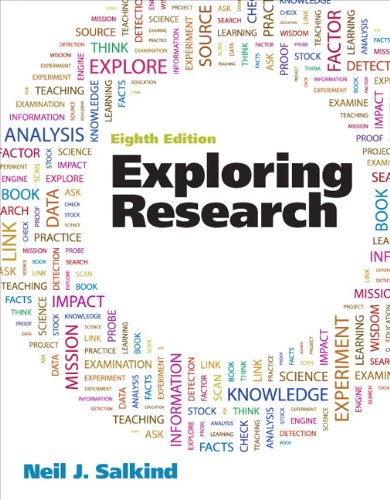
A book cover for Exploring Research (8th Edition); Neil J. Salkind; Medical Books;